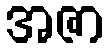
အဇာ